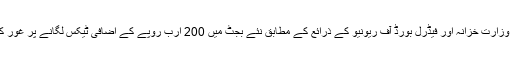
اسلام آباد میں وزارت خزانہ اور فیڈرل بورڈ آف ریونیو کے ذرائع کے مطابق نئے بجٹ میں 200 ارب روپے کے اضافی ٹیکس لگانے پر غور کیا جا رہا ہے۔